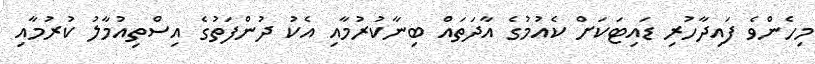
މިހެންވެ ފައިދާހުރި ޑައިޓަކަށް ކެއުމުގެ އާދަތައް ބިނާކުރުމާއި އެކު ދުންފަތުގެ އިސްތިއުމާލު ކުރުމާއި